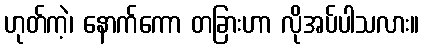
ဟုတ်ကဲ့၊ နောက်ကော တခြားဟာ လိုအပ်ပါသလား။